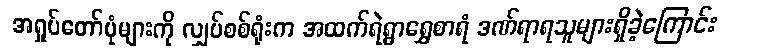
အရှုပ်တော်ပုံများကို လျှပ်စစ်ရုံးက အထက်ရဲရွာရွှေစာရံ ဒဏ်ရာရသူများရှိခဲ့ကြောင်း